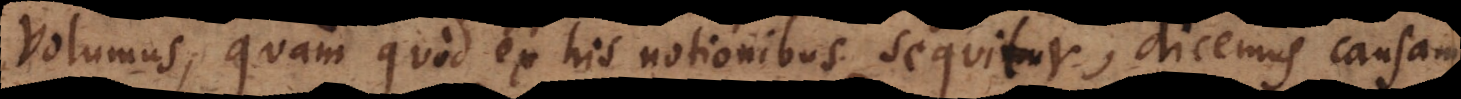
volumus, quam quod ex his notionibus sequitur, dicemus causa